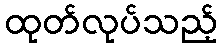
ထုတ်လုပ်သည့်